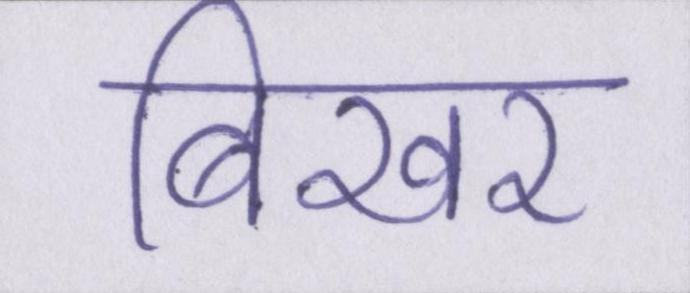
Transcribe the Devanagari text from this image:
बिखर